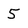
Character: 5